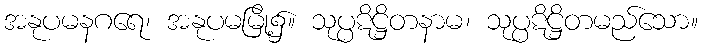
အနုပမနဂရေ၊ အနုပမမြို့၌။ သုပ္ပဋိဋ္ဌိတနာမ၊ သုပ္ပဋိဋ္ဌိတမည်သော။